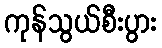
ကုန်သွယ်စီးပွား